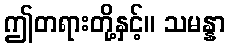
ဤတရားတို့နှင့်။ သမန္နာ